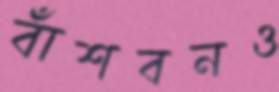
বাঁশবনও